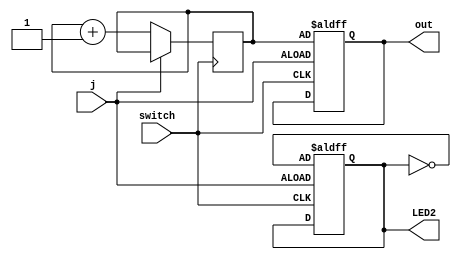
module trig_count (j, switch, out, LED2);

input j, switch;
reg [5:0] intr;
output reg [5:0] out;
output reg LED2=0;

always @(posedge j or posedge switch)
begin

if (j)
begin
LED2<=!LED2;
out<=intr;
//intr<=6'b0;
end

else if (switch)
begin
intr<=intr+1;
end



end
endmodule